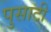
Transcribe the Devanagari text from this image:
पुसाटी